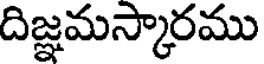
దిజ్ఞమస్కారము